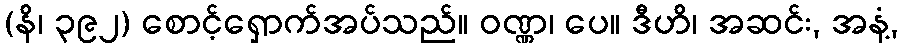
(နိ၊ ၃၉၂) စောင့်ရှောက်အပ်သည်။ ဝဏ္ဏ၊ ပေ။ ဒီဟိ၊ အဆင်း, အနံ့,